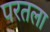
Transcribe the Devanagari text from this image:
परतला